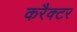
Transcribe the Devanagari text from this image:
करैक्टर